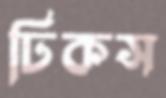
ঢিকস